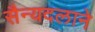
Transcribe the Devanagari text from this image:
सैन्यदलाने